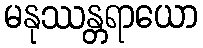
မနုဿန္တရာယော